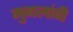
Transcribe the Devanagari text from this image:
मुगलांची